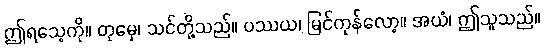
ဤရသေ့ကို။ တုမှေ၊ သင်တို့သည်။ ပဿယ၊ မြင်ကုန်လော့။ အယံ၊ ဤသူသည်။